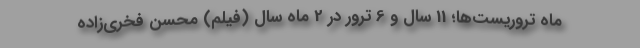
ماه تروریست‌ها؛ 11 سال و 6 ترور در 2 ماه سال (فیلم) محسن فخری‌زاده